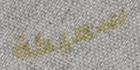
سميكة